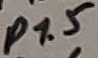
Text: P1.5